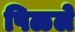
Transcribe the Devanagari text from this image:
पिळले